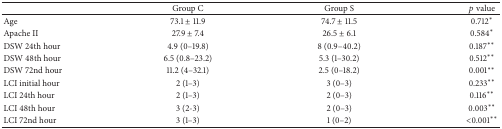
<table><thead><tr><td><b> </b></td><td><b>Group C</b></td><td><b>Group S</b></td><td><b><i>p</i> value</b></td></tr></thead><tbody><tr><td>Age</td><td>73.1 ± 11.9</td><td>74.7 ± 11.5</td><td>0.712<sup><i>∗</i></sup></td></tr><tr><td>Apache II</td><td>27.9 ± 7.4</td><td>26.5 ± 6.1</td><td>0.584<sup><i>∗</i></sup></td></tr><tr><td>DSW 24th hour</td><td>4.9 (0–19.8)</td><td>8 (0.9–40.2)</td><td>0.187<sup><i>∗∗</i></sup></td></tr><tr><td>DSW 48th hour</td><td>6.5 (0.8–23.2)</td><td>5.3 (1–30.2)</td><td>0.512<sup><i>∗∗</i></sup></td></tr><tr><td>DSW 72nd hour</td><td>11.2 (4–32.1)</td><td>2.5 (0–18.2)</td><td>0.001<sup><i>∗∗</i></sup></td></tr><tr><td>LCI initial hour </td><td>2 (1–3)</td><td>3 (0–3)</td><td>0.233<sup><i>∗∗</i></sup></td></tr><tr><td>LCI 24th hour</td><td>2 (1–3)</td><td>2 (0–3)</td><td>0.116<sup><i>∗∗</i></sup></td></tr><tr><td>LCI 48th hour</td><td>3 (2-3)</td><td>2 (0–3)</td><td>0.003<sup><i>∗∗</i></sup></td></tr><tr><td>LCI 72nd hour</td><td>3 (1–3)</td><td>1 (0–2)</td><td>&lt;0.001<sup><i>∗∗</i></sup></td></tr></tbody></table>